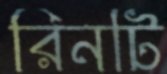
রিনটি